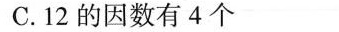
C.12的因数有4个